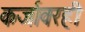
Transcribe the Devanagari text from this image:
कर्जावरही